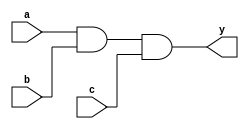
module combinational_logic (
    input wire a,      // First input
    input wire b,      // Second input
    input wire c,      // Third input
    output reg y       // Output
);

// Always block to describe combinational logic
always @(*) begin
    // Procedural assignment using = for combinational logic
    y = a & b & c;    // Output is the logical AND of inputs a, b, and c
end

endmodule